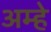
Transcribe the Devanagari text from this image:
अम्हे